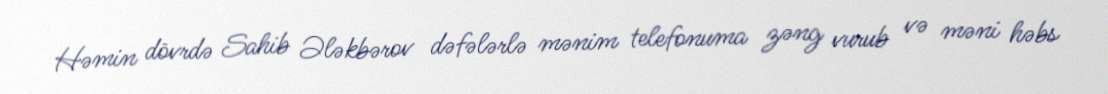
Həmin dövrdə Sahib Ələkbərov dəfələrlə mənim telefonuma zəng vurub və məni həbs